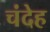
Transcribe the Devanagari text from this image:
चंदेह